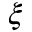
\xi